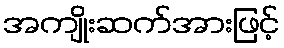
အကျိုးဆက်အားဖြင့်